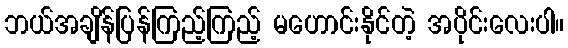
ဘယ်အချိန်ပြန်ကြည့်ကြည့် မဟောင်းနိုင်တဲ့ အပိုင်းလေးပါ။